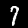
Digit: 7